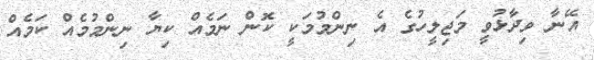
އޭނާ ވިދާޅުވީ މަޖިލީހުގެ އެ ނިންމުމަކީ ކޮން ނަމެއް ކިޔާ ނިންމުމެއް ކަމެއް